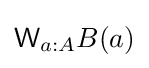
{\mathsf {W}}_{a:A}B(a)